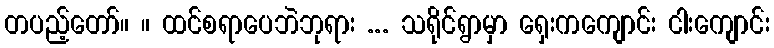
တပည့်တော်။ ။ ထင်စရာပေဘဲဘုရား ... သရိုင်ရွာမှာ ရှေးကကျောင်း ငါးကျောင်း